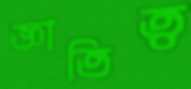
জ্ঞাতিত্ব